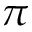
\pi